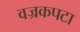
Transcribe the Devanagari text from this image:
वज्रकपटा